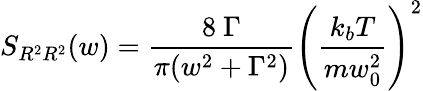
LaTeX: S_{R^{2}R^{2}}(w)=\frac{8\ \Gamma}{\pi(w^{2}+\Gamma^{2})}\left(\frac{k_{b}T}{mw_{0}^{2}}\right)^{2}